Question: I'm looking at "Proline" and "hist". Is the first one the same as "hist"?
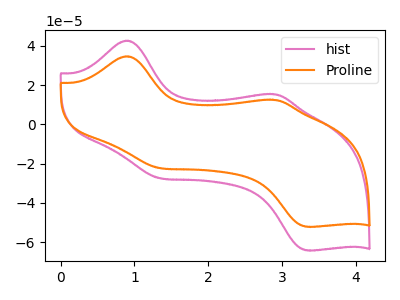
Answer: <think>The pink curve "hist" has anodic peaks at (0.90V, 42.60uA) (2.90V, 15.25uA) and cathodic peaks at (1.35V, -27.40uA) (3.35V, -64.20uA). The orange curve "Proline" has anodic peaks at (0.90V, 34.60uA) (2.90V, 12.40uA) and cathodic peaks at (1.35V, -22.30uA) (3.35V, -52.20uA).
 All the peaks in "Proline" have a peak in "hist" at the same potential. Every peak in "Proline" is lower than every peak in "hist".</think>
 <answer>"Proline" and "hist" are similar in shape.</answer>
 <eval>same_shape</eval>